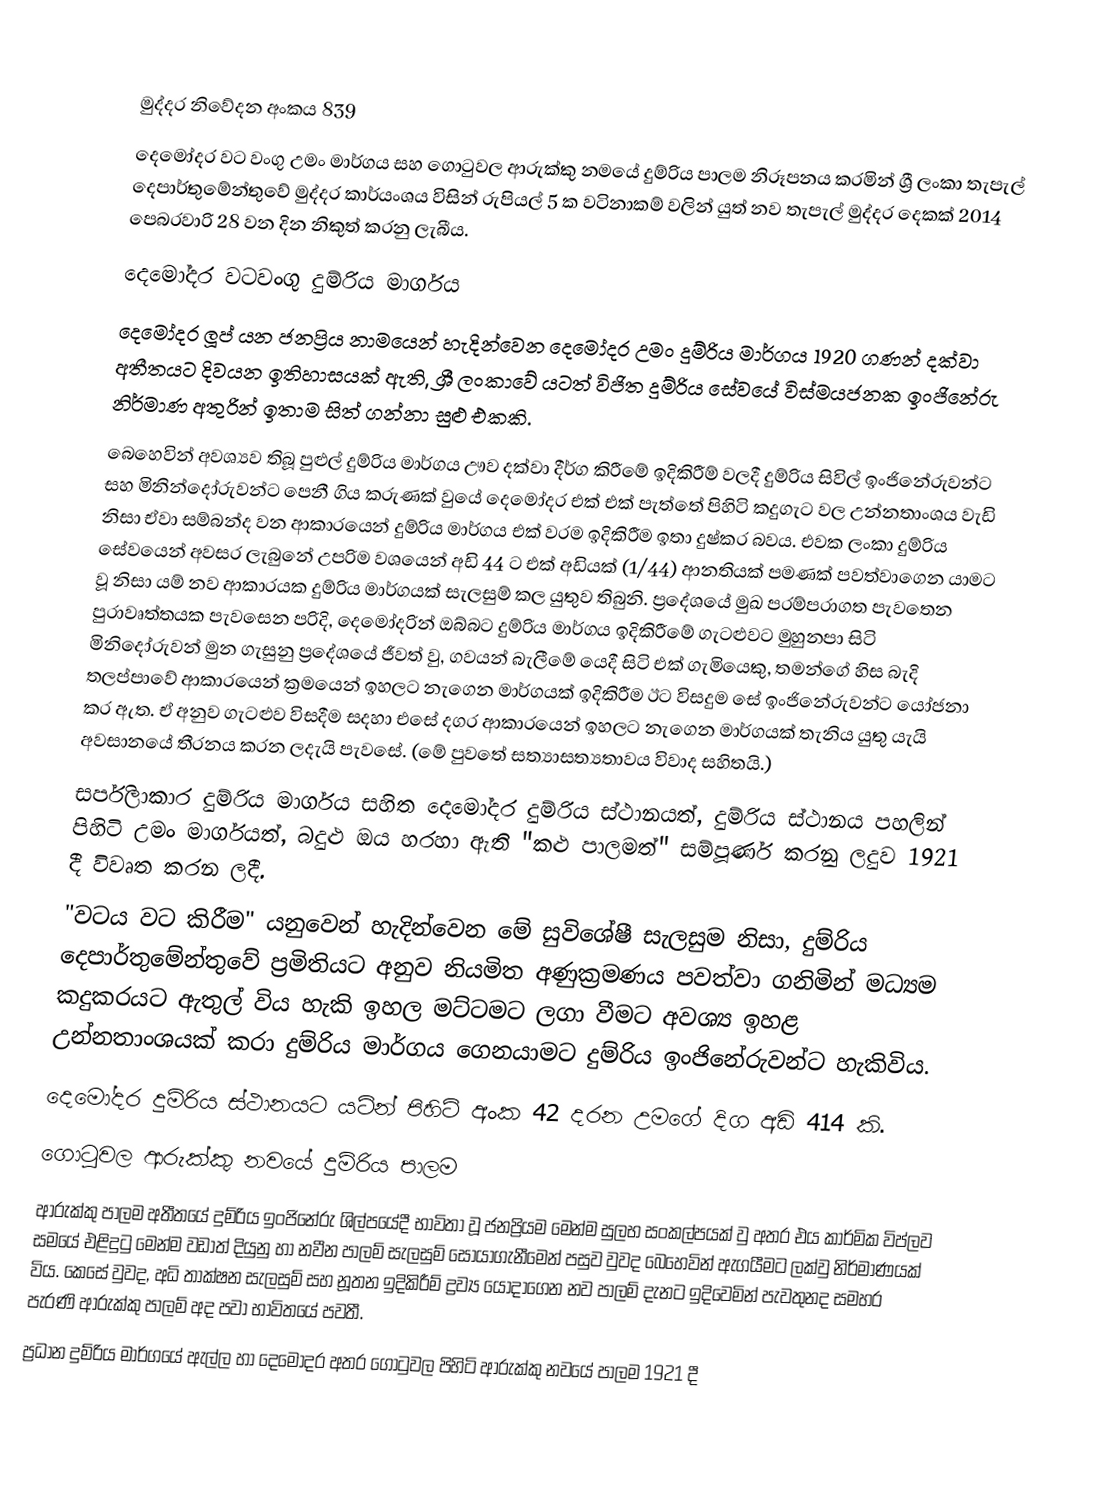

මුද්දර නිවේදන අංකය 839
දෙමෝදර වට වංගු උමං මාර්ගය සහ ගොටුවල ආරුක්කු නමයේ දුම්රිය පාලම නිරූපනය කරමින් ශ්‍රී ලංකා තැපැල් දෙපාර්තුමේන්තුවේ මුද්දර කාර්යංශය විසින් රුපියල් 5 ක වටිනාකම් වලින් යුත් නව තැපැල් මුද්දර දෙකක් 2014 පෙබරවාරි 28 වන දින නිකුත් කරනු ලැබීය.
දෙමෝදර වටවංගු දුම්රිය මාර්ගය
දෙමෝදර ලූප් යන ජනප්‍රිය නාමයෙන් හැදින්වෙන දෙමෝදර උමං දුම්රිය මාර්ගය 1920 ගණන් දක්වා අතීතයට දිවයන ඉතිහාසයක් ඇති, ශ්‍රී ලංකාවේ යටත් විජිත දුම්රිය සේවයේ විස්මයජනක ඉංජිනේරු නිර්මාණ අතුරින් ඉතාම සිත් ගන්නා සුළු එකකි.
බෙහෙවින් අවශ්‍යව තිබූ පුළුල් දුම්රිය මාර්ගය ඌව දක්වා දීර්ග කිරීමේ ඉදිකිරීම් වලදී දුම්රිය සිවිල් ඉංජිනේරුවන්ට සහ මිනින්දෝරුවන්ට පෙනී ගිය කරුණක් වුයේ දෙමෝදර එක් එක් පැත්තේ පිහිටි කදුගැට වල උන්නතාංශය වැඩි නිසා ඒවා සම්බන්ද වන ආකාරයෙන් දුම්රිය මාර්ගය එක් වරම ඉදිකිරීම ඉතා දුෂ්කර බවය. එවක ලංකා දුම්රිය සේවයෙන් අවසර ලැබුනේ උපරිම වශයෙන් අඩි 44 ට එක් අඩියක් (1/44) ආනතියක් පමණක් පවත්වාගෙන යාමට වූ නිසා යම් නව ආකාරයක දුම්රිය මාර්ගයක් සැලසුම් කල යුතුව තිබුනි. ප්‍රදේශයේ මුඛ පරම්පරාගත පැවතෙන පුරාවෘත්තයක පැවසෙන පරිදි, දෙමෝදරින් ඔබ්බට දුම්රිය මාර්ගය ඉදිකිරීමේ ගැටළුවට මුහුනපා සිටි මිනිදෝරුවන් මුන ගැසුනු ප්‍රදේශයේ ජීවත් වු, ගවයන් බැලීමේ යෙදී සිටි එක් ගැමියෙකු, තමන්ගේ හිස බැදි තලප්පාවේ ආකාරයෙන් ක්‍රමයෙන් ඉහලට නැගෙන මාර්ගයක් ඉදිකිරීම ඊට විසදුම සේ ඉංජිනේරුවන්ට යෝජනා කර ඇත. ඒ අනුව ගැටළුව විසදීම සදහා එසේ දගර ආකාරයෙන් ඉහලට නැගෙන මාර්ගයක් තැනිය යුතු යැයි අවසානයේ තීරනය කරන ලදැයි පැවසේ. (මේ පුවතේ සත්‍යාසත්‍යතාවය විවාද සහිතයි.)
සර්පිලාකාර දුම්රිය මාර්ගය සහිත දෙමෝදර දුම්රිය ස්ථානයත්, දුම්රිය ස්ථානය පහලින් පිහිටි උමං මාර්ගයත්, බදුළු ඔය හරහා ඇති "කළු පාලමත්" සම්පූර්ණ කරනු ලදුව 1921 දී විවෘත කරන ලදී.
"වටය වට කිරීම" යනුවෙන් හැදින්වෙන මේ සුවිශේෂී සැලසුම නිසා, දුම්රිය දෙපාර්තුමේන්තුවේ ප්‍රමිතියට අනුව නියමිත අණුක්‍රමණය පවත්වා ගනිමින් මධ්‍යම කදුකරයට ඇතුල් විය හැකි ඉහල මට්ටමට ලගා වීමට අවශ්‍ය ඉහළ උන්නතාංශයක් කරා දුම්රිය මාර්ගය ගෙනයාමට දුම්රිය ඉංජිනේරුවන්ට හැකිවිය.
දෙමෝදර දුම්රිය ස්ථානයට යටින් පිහිටි අංක 42 දරන උමගේ දිග අඩි 414 කි.
ගොටුවල ආරුක්කු නවයේ දුම්රිය පාලම
ආරුක්කු පාලම අතීතයේ දුම්රිය ඉංජිනේරු ශිල්පයේදී  භාවිතා වූ ජනප්‍රියම මෙන්ම සුලභ සංකල්පයක් වු අතර එය කාර්මික විප්ලව සමයේ එළිදුටු මෙන්ම වඩාත් දියුනු හා නවීන පාලම් සැලසුම් සොයාගැනීමෙන් පසුව වුවද බෙහෙවින් ඇගයීමට ලක්වු නිර්මාණයක් විය. කෙසේ වුවද, අධි තාක්ෂන සැලසුම් සහ නූතන ඉදිකිරීම් ද්‍රව්‍ය යොදාගෙන නව පාලම් දැනට ඉදිවෙමින් පැවතුනද සමහර පැරණි ආරුක්කු පාලම් අද පවා භාවිතයේ පවතී.
ප්‍රධාන දුම්රිය මාර්ගයේ ඇල්ල හා දෙමෝදර අතර ගොටුවල පිහිටි ආරුක්කු නවයේ පාලම 1921 දී